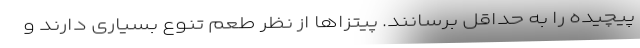
پیچیده را به حداقل برسانند. پیتزاها از نظر طعم تنوع بسیاری دارند و